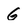
Character: G